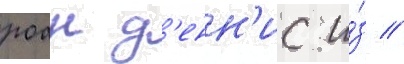
роан д'енн'ис и́з //